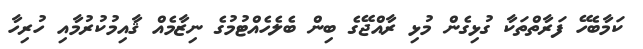
ކަމާބެހޭ ފަރާތްތަކާ ގުޅިގެން މުޅި ރާއްޖޭގެ ބިން ބެލެހެއްޓުމުގެ ނިޒާމެއް ޤާއިމުކުރުމާއި ހުރިހާ